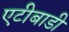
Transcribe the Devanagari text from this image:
एटीबाडी